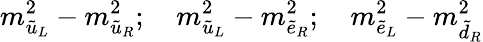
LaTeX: m_{\tilde{u}_{L}}^{2}-m_{\tilde{u}_{R}}^{2};\quad m_{\tilde{u}_{L}}^{2}-m_{\tilde{e}_{R}}^{2};\quad m_{\tilde{e}_{L}}^{2}-m_{\tilde{d}_{R}}^{2}